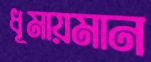
ধূমায়মান